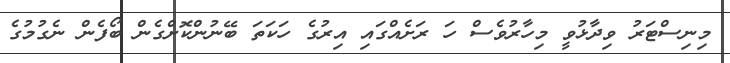
މިނިސްޓަރު ވިދާޅުވީ މިހާރުވެސް ހަ ރަށެއްގައި އިރުގެ ހަކަތަ ބޭނުންކޮށްގެން ބޯފެން ނެގުމުގެ